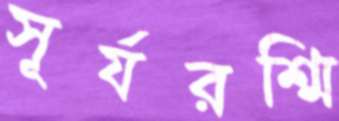
সূর্যরশ্মি